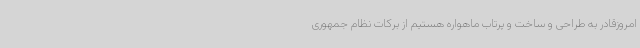
امروزقادر به طراحی و ساخت و پرتاب ماهواره هستیم از برکات نظام جمهوری